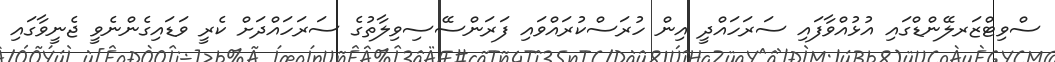
ސްވިޓްޒަރލޭންޑްގައި އުޅުއްވާފައި ސަރަހައްދީ އިން ހުރަސްކުރައްވައި ފަރަންސޭސިވިލާތުގެ ސަރަހައްދަށް ކެރީ ވަޑައިގެންނެވީ ޖެނީވާގައި